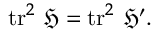
\operatorname { t r } ^ { 2 } \, { \mathfrak { H } } = \operatorname { t r } ^ { 2 } \, { \mathfrak { H } } ^ { \prime } .